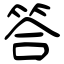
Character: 答